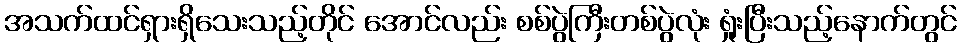
အသက်ထင်ရှားရှိသေးသည့်တိုင် အောင်လည်း စစ်ပွဲကြီးတစ်ပွဲလုံး ရှုံးပြီးသည့်နောက်တွင်